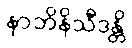
နာဘိနိသီဒန္တိ